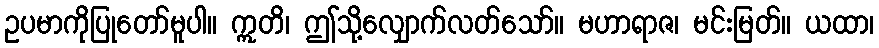
ဥပမာကိုပြုတော်မူပါ။ ဣတိ၊ ဤသို့လျှောက်လတ်သော်။ မဟာရာဇ၊ မင်းမြတ်။ ယထာ၊